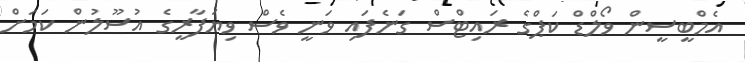
އެމްބީސީން ވޯލްޑް ކަޕްގެ ރައިޓްސް ގަނެފައި ވަނީ ވެސް ވިޔަފާރީގެ އުސޫލުން ކަމަށް